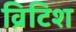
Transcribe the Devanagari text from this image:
व्रिटिश